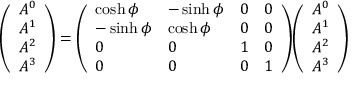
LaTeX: { \left( \begin{array} { l } { A ^ { 0 } } \\ { A ^ { 1 } } \\ { A ^ { 2 } } \\ { A ^ { 3 } } \end{array} \right) } = { \left( \begin{array} { l l l l } { \cosh \phi } & { - \sinh \phi } & { 0 } & { 0 } \\ { - \sinh \phi } & { \cosh \phi } & { 0 } & { 0 } \\ { 0 } & { 0 } & { 1 } & { 0 } \\ { 0 } & { 0 } & { 0 } & { 1 } \end{array} \right) } { \left( \begin{array} { l } { A ^ { 0 } } \\ { A ^ { 1 } } \\ { A ^ { 2 } } \\ { A ^ { 3 } } \end{array} \right) }